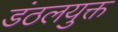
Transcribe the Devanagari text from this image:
डंठलयुक्त